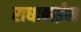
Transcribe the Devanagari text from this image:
राधाबाईंचा